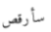
سأرقص